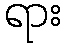
ရား